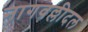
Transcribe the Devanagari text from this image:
नागवल्लीदल